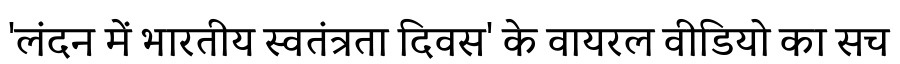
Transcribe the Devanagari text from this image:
'लंदन में भारतीय स्वतंत्रता दिवस' के वायरल वीडियो का सच